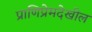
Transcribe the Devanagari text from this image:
प्राणिप्रेमदेखील